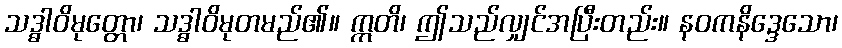
သဒ္ဓါဝိမုတ္တော၊ သဒ္ဓါဝိမုတမည်၏။ ဣတိ၊ ဤသည်လျှင်အပြီးတည်း။ နဝကနိဒ္ဒေသော၊